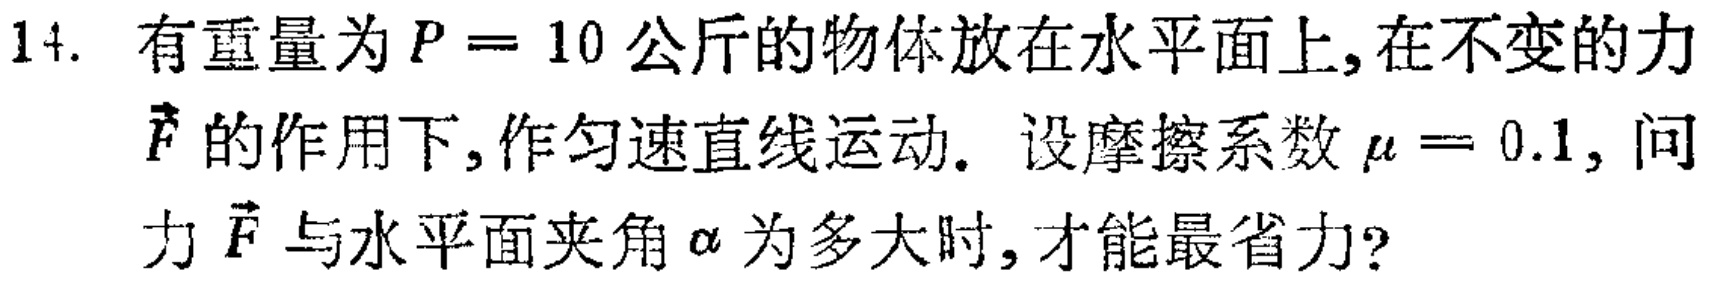
14. 有重量为$P = 10$公斤的物体放在水平面上, 在不变的力
$\vec{F}$的作用下, 作匀速直线运动. 设摩擦系数$\mu = 0.1$, 问
力$\vec{F}$与水平面夹角$\alpha$为多大时, 才能最省力?